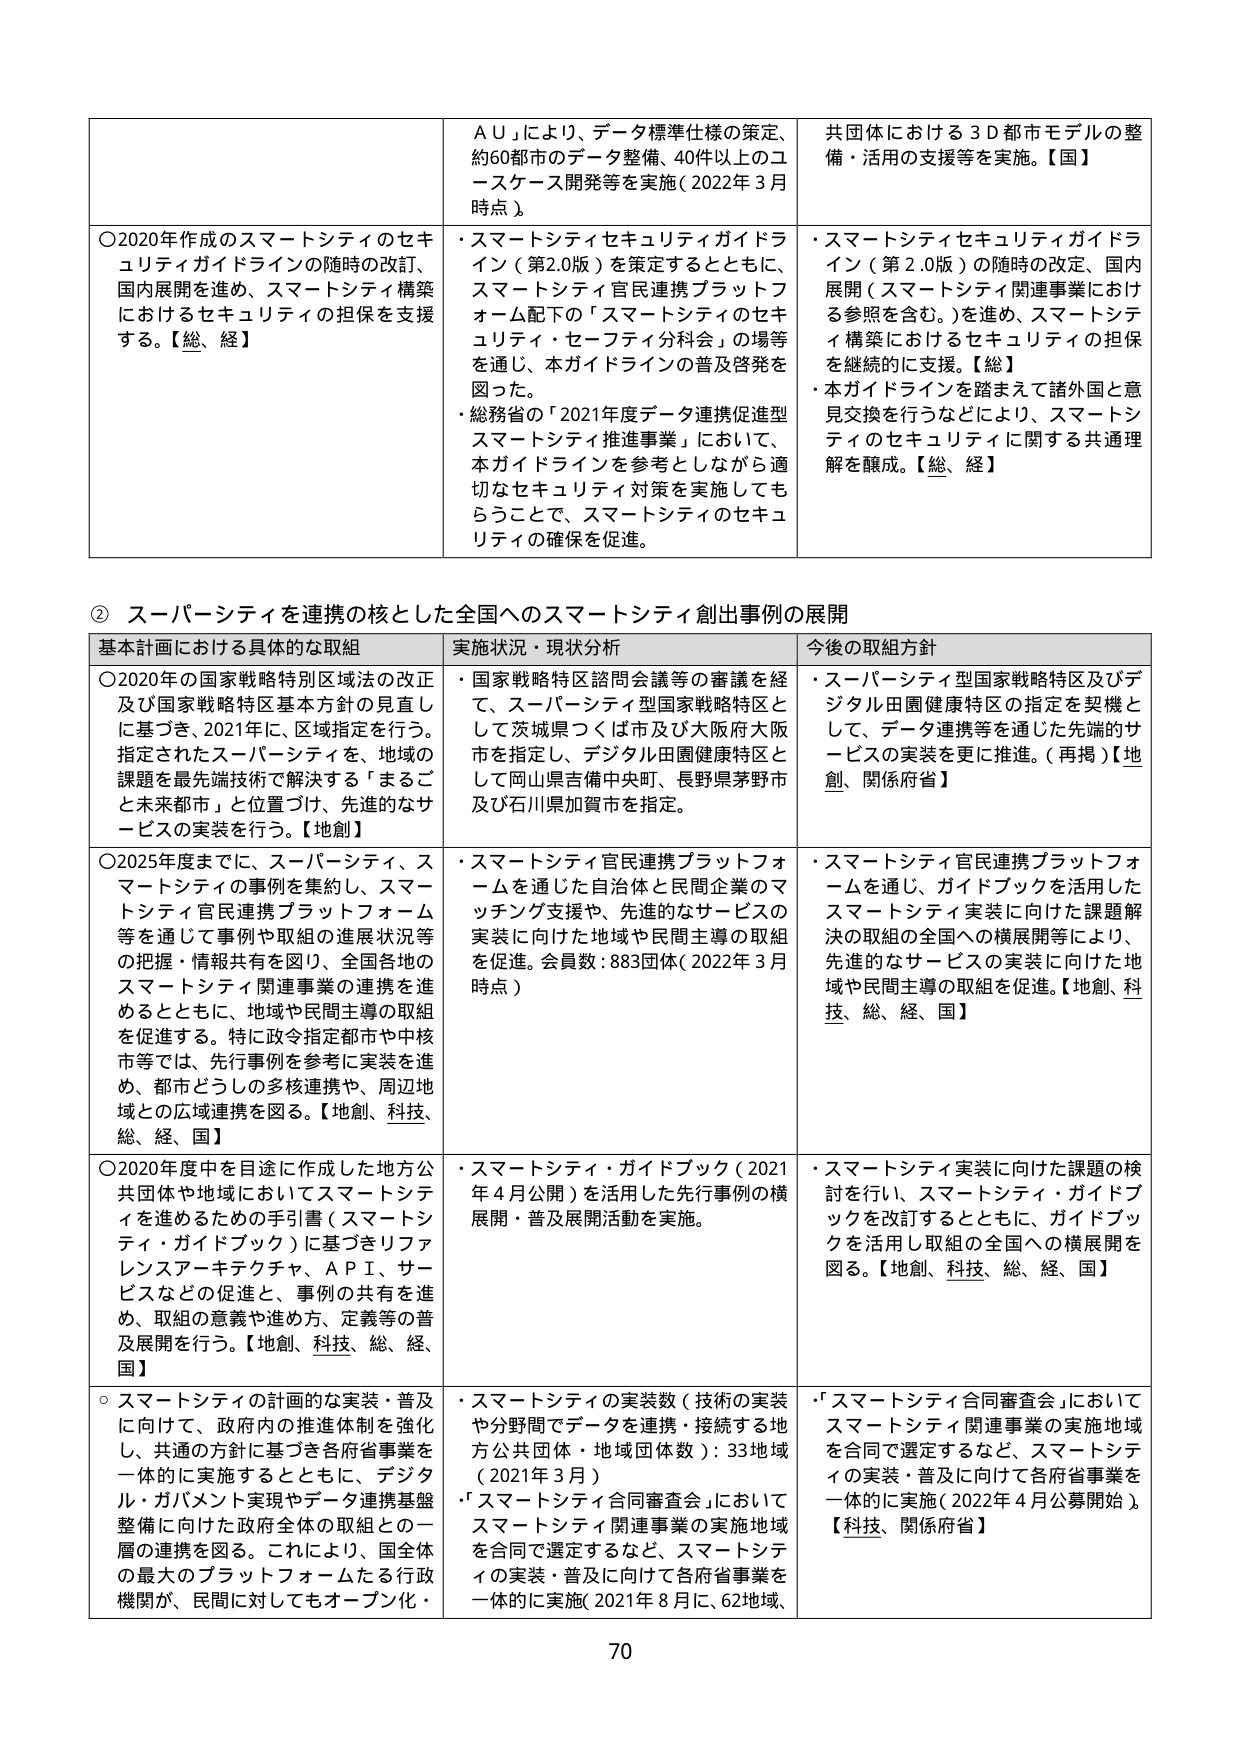
基本計画における具体的な取組
〇2020年作成のスマートシティのセキュリティガイドラインの随時の改訂、国内展開を進め、スマートシティ構築におけるセキュリティの担保を支援する。【総、経】
〇2020年の国家戦略特別区域法の改正及び国家戦略特別基本方針の見直しに基づき、2021年に、区域指定を行う。指定されたスーパーシティを、地域の課題を最先端技術で解決する「まるごと未来都市」と位置づけ、先進的なサービスの実装を行う。【地創】
〇2025年度までに、スーパーシティ、スマートシティの事例を集約し、スマートシティ官民連携プラットフォーム等を通じて事例や取組の進展状況等の把握・情報共有を図り、全国各地のスマートシティ関連事業の連携を進めるとともに、地域や民間主導の取組を促進する。特に政令指定都市や中核市等では、先行事例を参考に実装を進め、都市どうしの多核連携や、周辺地域との広域連携を図る。【地創、科技、総、経、国】
〇2020年度中を目途に作成した地方公共団体や地域においてスマートシティを進めるための手引書（スマートシティ・ガイドブック）に基づきリファレンスアーキテクチャ、ＡＰＩ、サービスなどの促進と、事例の共有を進め、取組の意義や進め方、定義等の普及展開を行う。【地創、科技、総、経、国】
○スマートシティの計画的な実装・普及に向けて、政府内の推進体制を強化し、共通の方針に基づき各府省事業を一体的に実施するとともに、デジタル・ガバメント実現やデータ連携基盤整備に向けた政府全体の取組との一層の連携を図る。これにより、国全体の最大のプラットフォームたる行政機関が、民間に対してもオープン化・

実施状況・現状分析
ＡＵ」により、データ標準仕様の策定、約60都市のデータ整備、40件以上のユースケース開発等を実施（2022年3月時点）
・スマートシティセキュリティガイドライン（第2.0版）を策定するとともに、スマートシティ官民連携プラットフォーム配下の「スマートシティのセキュリティ・セーフティ分科会」の場等を通じ、本ガイドラインの普及啓発を図った。
・総務省の「2021年度データ連携促進型スマートシティ推進事業」において、本ガイドラインを参考としながら適切なセキュリティ対策を実施してもらうことで、スマートシティのセキュリティの確保を促進。
・国家戦略特区諮問会議等の審議を経て、スーパーシティ型国家戦略特区として茨城県つくば市及び大阪府大阪市を指定し、デジタル田園健康特区として岡山県吉備中央町、長野県茅野市及び石川県加賀市を指定。
・スマートシティ官民連携プラットフォームを通じた自治体と民間企業のマッチング支援や、先進的なサービスの実装に向けた地域や民間主導の取組を促進。会員数：883団体（2022年3月時点）
・スマートシティ・ガイドブック（2021年4月公開）を活用した先行事例の横展開・普及展開活動を実施。
・スマートシティの実装数（技術の実装や分野間でデータを連携・接続する地方公共団体・地域団体数）：33地域（2021年3月）
・「スマートシティ合同審査会」においてスマートシティ関連事業の実施地域を合同で選定するなど、スマートシティの実装・普及に向けて各府省事業を一体的に実施（2021年8月に、62地域、

今後の取組方針
共団体における３Ｄ都市モデルの整備・活用の支援等を実施。【国】
・スマートシティセキュリティガイドライン（第2.0版）の随時の改定、国内展開（スマートシティ関連事業における参照を含む。）を進め、スマートシティ構築におけるセキュリティの担保を継続的に支援。【総】
・本ガイドラインを踏まえて諸外国と意見交換を行うなどにより、スマートシティのセキュリティに関する共通理解を醸成。【総、経】
・スーパーシティ型国家戦略特区及びデジタル田園健康特区の指定を契機として、データ連携等を通じた先端的サービスの実装を更に推進。（再掲）【地創、関係府省】
・スマートシティ官民連携プラットフォームを通じ、ガイドブックを活用したスマートシティ実装に向けた課題解決の取組の全国への横展開等により、先進的なサービスの実装に向けた地域や民間主導の取組を促進。【地創、科技、総、経、国】
・スマートシティ実装に向けた課題の検討を行い、スマートシティ・ガイドブックを改訂するとともに、ガイドブックを活用し取組の全国への横展開を図る。【地創、科技、総、経、国】
・「スマートシティ合同審査会」においてスマートシティ関連事業の実施地域を合同で選定するなど、スマートシティの実装・普及に向けて各府省事業を一体的に実施（2022年4月公募開始）。【科技、関係府省】

② スーパーシティを連携の核とした全国へのスマートシティ創出事例の展開
70